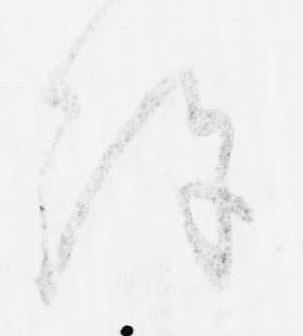
許